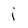
Character: j